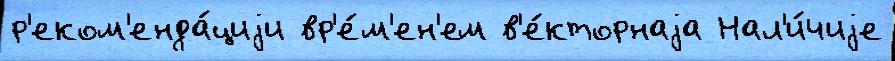
р'еком'енда́циjи вр'е́м'ен'ем в'е́кторнаjа Нал'и́чиjе